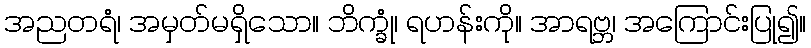
အညတရံ၊ အမှတ်မရှိသော။ ဘိက္ခုံ၊ ရဟန်းကို။ အာရဗ္ဘ၊ အကြောင်းပြု၍။